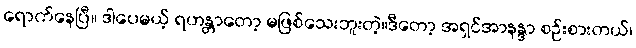
ရောက်နေပြီ။ ဒါပေမယ့် ရဟန္တာတော့ မဖြစ်သေးဘူးတဲ့။ဒီတော့ အရှင်အာနန္ဒာ စဉ်းစားတယ်၊